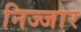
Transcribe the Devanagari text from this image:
निज्जार